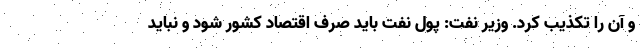
و آن را تکذیب کرد. وزیر نفت: پول نفت باید صرف اقتصاد کشور شود و نباید